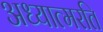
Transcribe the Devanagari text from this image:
अध्यात्मरति